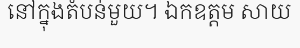
នៅក្នុងតំបន់មួយ។ ឯកឧត្តម សាយ